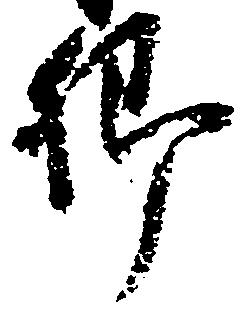
郷